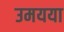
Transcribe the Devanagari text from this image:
उमयया